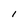
Character: l